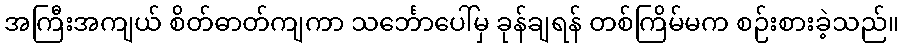
အကြီးအကျယ် စိတ်ဓာတ်ကျကာ သင်္ဘောပေါ်မှ ခုန်ချရန် တစ်ကြိမ်မက စဉ်းစားခဲ့သည်။